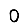
Digit: 0